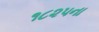
૧૮૨૫ના